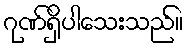
ဂုဏ်ရှိပါသေးသည်။